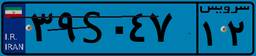
۳۹S۰۴۷۱۲